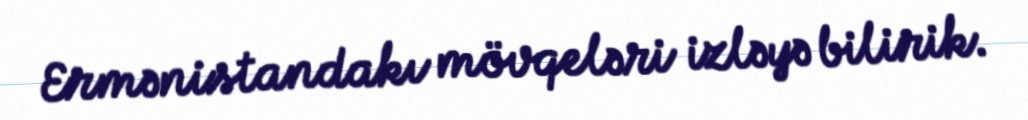
Ermənistandakı mövqeləri izləyə bilirik.